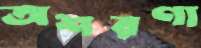
অশরণা